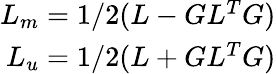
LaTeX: \begin{array}{r}{L_{m}=1/2(L-GL^{T}G)}\\ {L_{u}=1/2(L+GL^{T}G)}\end{array}